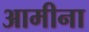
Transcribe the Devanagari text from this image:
आमीना